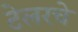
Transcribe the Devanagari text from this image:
टेलरचे